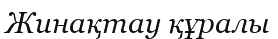
Жинақтау құралы